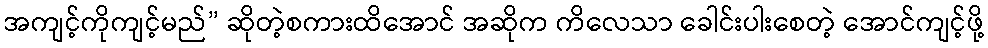
အကျင့်ကိုကျင့်မည်” ဆိုတဲ့စကားထိအောင် အဆိုက ကိလေသာ ခေါင်းပါးစေတဲ့ အောင်ကျင့်ဖို့